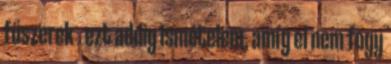
fűszerek . ezt addig ismételem, amíg el nem fogy